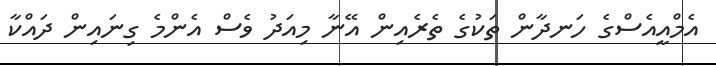
އެމްއީއެސްގެ ހަނދާން ތަކުގެ ތެރެއިން އޭނާ މިއަދު ވެސް އެންމެ ގިނައިން ދައްކާ